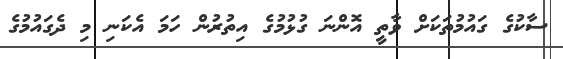
ސާކުގެ ގައުމުތަކަށް ވާތީ އޮންނަ ގުޅުމުގެ އިތުރުން ހަމަ އެކަނި މި ދެގައުމުގެ